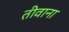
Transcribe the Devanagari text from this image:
तीवाना